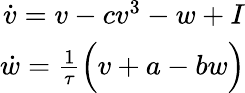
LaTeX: \begin{array}{r}{\dot{v}=v-cv^{3}-w+I}\\ {\dot{w}=\frac{1}{\tau}\Big(v+a-bw\Big)}\end{array}